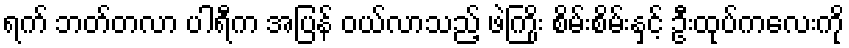
ရက် ဘတ်တလာ ပါရီက အပြန် ဝယ်လာသည့် ဖဲကြိုး စိမ်းစိမ်းနှင့် ဦးထုပ်ကလေးကို